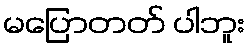
မပြောတတ် ပါဘူး